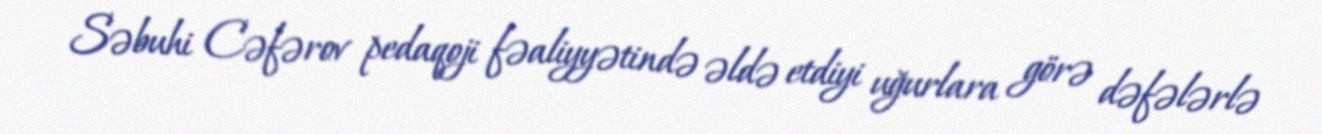
Səbuhi Cəfərov pedaqoji fəaliyyətində əldə etdiyi uğurlara görə dəfələrlə